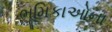
ભૂમિકાઓના